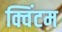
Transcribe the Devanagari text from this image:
क्विंटम